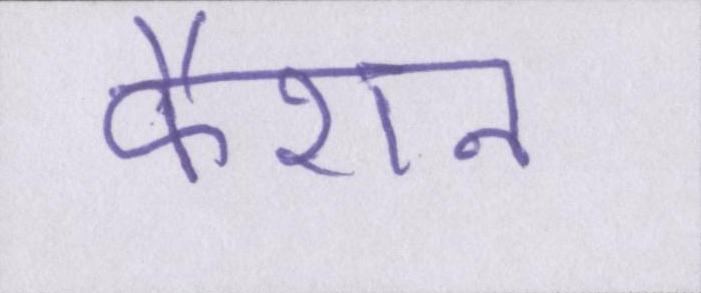
फैशन